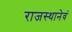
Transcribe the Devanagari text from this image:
राजस्थानेवं